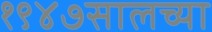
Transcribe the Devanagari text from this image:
१९४७सालच्या